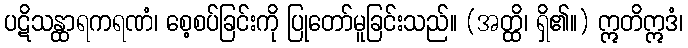
ပဋိသန္ထာရကရဏံ၊ စေ့စပ်ခြင်းကို ပြုတော်မူခြင်းသည်။ (အတ္ထိ၊ ရှိ၏။) ဣတိဣဒံ၊